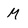
Character: M